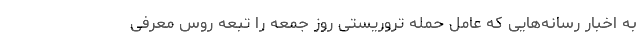
به اخبار رسانه‌هایی که عامل حمله تروریستی روز جمعه را تبعه روس معرفی